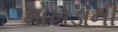
મોખડાની